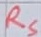
Text: RS